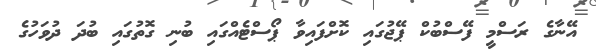
އޭނާގެ ރަސްމީ ފޭސްބުކް ޕޭޖުގައި ކޮށްފައިވާ ޕޯސްޓެއްގައި ބުނި ގޮތުގައިި ބުދަ ދުވަހުގެ